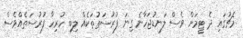
މެޗުގައި ދެ ޓީމަށް ވެސް ލަނޑުޖަހާނެ ގިނަ ފުރުސަތުތަކެއް ލިބި ހުރިހާ ފުރުސަތެއްވެސް